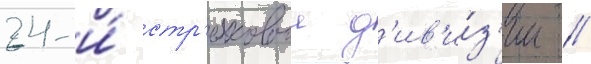
24-и́ стр'елковои д'ив'и́з'ии //